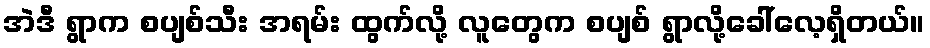
အဲဒီ ရွာက စပျစ်သီး အရမ်း ထွက်လို့ လူတွေက စပျစ် ရွာလို့ခေါ်လေ့ရှိတယ်။